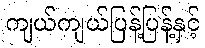
ကျယ်ကျယ်ပြန့်ပြန့်နှင့်